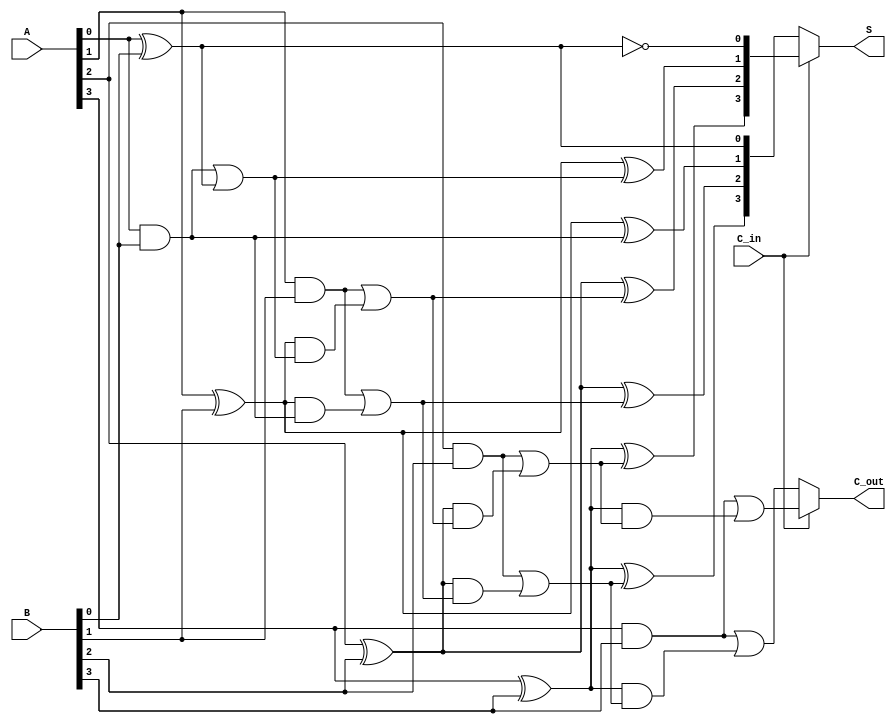
module CarrySelectAdder #(parameter N = 4) (
    input [N-1:0] A,        // First operand
    input [N-1:0] B,        // Second operand
    input C_in,             // Carry input
    output [N-1:0] S,       // Sum output
    output C_out            // Carry output
);

    // Internal wires for partial sums and carry outs
    wire [N-1:0] S0, S1;    // Sums for C_in = 0 and C_in = 1
    wire [N-1:0] C0, C1;     // Carry outs for C_in = 0 and C_in = 1

    // Generate the full adders for C_in = 0
    generate
        genvar i;
        for (i = 0; i < N; i = i + 1) begin : FA0
            if (i == 0) begin
                // First full adder with C_in = 0
                assign S0[i] = A[i] ^ B[i] ^ 1'b0;
                assign C0[i] = (A[i] & B[i]) | ((A[i] ^ B[i]) & 1'b0);
            end else begin
                // Subsequent full adders
                assign S0[i] = A[i] ^ B[i] ^ C0[i-1];
                assign C0[i] = (A[i] & B[i]) | ((A[i] ^ B[i]) & C0[i-1]);
            end
        end
    endgenerate

    // Generate the full adders for C_in = 1
    generate
        for (i = 0; i < N; i = i + 1) begin : FA1
            if (i == 0) begin
                // First full adder with C_in = 1
                assign S1[i] = A[i] ^ B[i] ^ 1'b1;
                assign C1[i] = (A[i] & B[i]) | ((A[i] ^ B[i]) & 1'b1);
            end else begin
                // Subsequent full adders
                assign S1[i] = A[i] ^ B[i] ^ C1[i-1];
                assign C1[i] = (A[i] & B[i]) | ((A[i] ^ B[i]) & C1[i-1]);
            end
        end
    endgenerate

    // MUX to select the correct sum and carry out based on C_in
    assign S = C_in ? S1 : S0;
    assign C_out = C_in ? C1[N-1] : C0[N-1];

endmodule